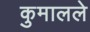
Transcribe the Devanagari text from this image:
कुमालले